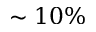
\sim 1 0 \%